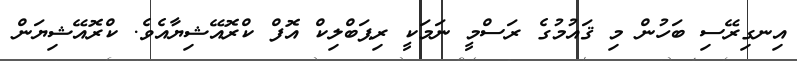
އިނގިރޭސި ބަހުން މި ޤައުމުގެ ރަސްމީ ނަމަކީ ރިޕަބްލިކް އޮފް ކްރޮއޭޝިޔާއެވެ. ކްރޮއޭޝިޔަން